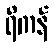
ရိကန်